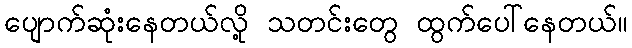
ပျောက်ဆုံးနေတယ်လို့ သတင်းတွေ ထွက်ပေါ်နေတယ်။